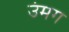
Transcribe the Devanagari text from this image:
उंमग